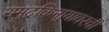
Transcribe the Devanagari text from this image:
समुद्रकिनार्‍यावरची